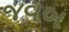
જવબ